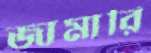
জামারি